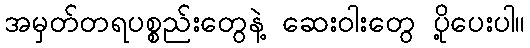
အမှတ်တရပစ္စည်းတွေနဲ့ ဆေးဝါးတွေ ပို့ပေးပါ။